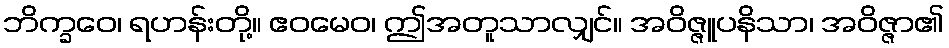
ဘိက္ခဝေ၊ ရဟန်းတို့။ ဧဝမေဝ၊ ဤအတူသာလျှင်။ အဝိဇ္ဇူပနိသာ၊ အဝိဇ္ဇာ၏